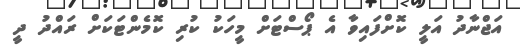
އަޖްނާދު އަލީ ކޮށްފައިވާ އެ ޕޯސްޓަށް މީހަކު ކުރި ކޮމެންޓަކަށް ރައްދު ދީ